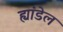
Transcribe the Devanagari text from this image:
ह्यांडेल